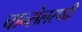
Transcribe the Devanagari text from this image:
चान्सेलरपदी